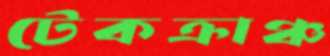
টেকক্রাঞ্চ